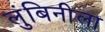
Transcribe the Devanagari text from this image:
लुंबिनीला